Annual vaccination report of Bihar and Orissa - 1911-1928
Year: 1911
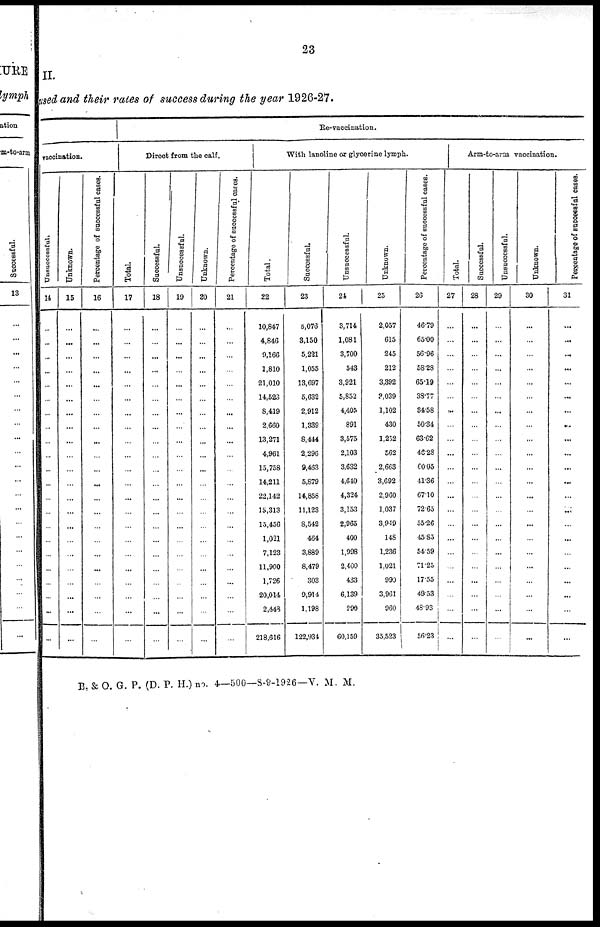
23
II.
used and their rates of success during the year 1926-27.
vaccination.
Unsuccessful.
14
...
...
...
...
...
...
...
...
...
...
...
...
...
...
...
...
...
...
...
...
...
...
Unknown.
15
...
...
...
...
...
...
...
...
...
...
...
...
...
...
...
...
...
...
...
...
...
...
Percentage of successful cases.
16
...
...
...
...
...
...
...
...
...
...
...
...
...
...
...
...
...
...
...
...
...
...
Re-vaccination.
Ditect from the calf.
Total.
17
...
...
...
...
...
...
...
...
...
...
...
...
...
...
...
...
...
...
...
...
...
...
Successful.
18
...
...
...
...
...
...
...
...
...
...
...
...
...
...
...
...
...
...
...
...
...
...
Unsuccessful.
19
...
...
...
...
...
...
...
...
...
...
...
...
...
...
...
...
...
...
...
...
...
...
Unknown.
20
...
...
...
...
...
...
...
...
...
...
...
...
...
...
...
...
...
...
...
...
...
...
Percentage of successful cases.
21
...
...
...
...
...
...
...
...
...
...
...
...
...
...
...
...
...
...
...
...
...
...
With lanoline or glycerine lymph.
Total.
22
10,847
4,846
9,166
1,810
21,010
14,523
8,419
2,660
13,271
4,961
15,758
14,211
22,142
15,313
15,456
1,021
7,123
11,900
1,726
20,014
2,448
218,616
Successful.
23
5,076
3,150
5,221
1,055
13,697
5,632
2,912
1,339
8,444
2,296
9,463
5,879
14,858
11,123
8,542
464
3,889
8,479
303
9,914
1,198
122,934
Unsuccessful.
24
3,714
1,081
3,700
543
3,921
5,852
4,405
891
3,575
2,103
3,632
4,640
4,324
3,153
2,965
400
1,998
2,400
433
6,139
290
60,159
Unknown.
25
2,057
615
245
212
3,392
3,039
1,102
430
1,252
562
2,663
3,692
2,960
1,037
3,949
148
1,236
1,021
990
3,961
960
35,523
Percentage of successful cases.
26
46.79
65.00
56.96
58.28
65.19
38.77
34.58
50.34
63.62
46.28
60.05
41.36
67.10
72.65
55.26
45.85
54.59
71.25
17.55
49.53
48.93
56.23
Total.
27
...
...
...
...
...
...
...
...
...
...
...
...
...
...
...
...
...
...
...
...
...
...
Arm-to-aem vaccination.
Successful.
28
...
...
...
...
...
...
...
...
...
...
...
...
...
...
...
...
...
...
...
...
...
...
Unsuccessful.
29
...
...
...
...
...
...
...
...
...
...
...
...
...
...
...
...
...
...
...
...
...
...
Unknown.
30
...
...
...
...
...
...
...
...
...
...
...
...
...
...
...
...
...
...
...
...
...
...
Percentage of successful cases.
31
...
...
...
...
...
...
...
...
...
...
...
...
...
...
...
...
...
...
...
...
...
...
B. & O. G. P. (D. P. H.) no. 4—500—8-9-1926—V. M. M.